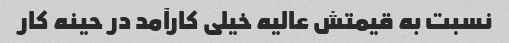
نسبت به قیمتش عالیه خیلی کارآمد در حینه کار